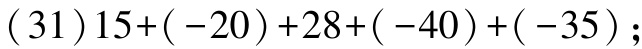
\((31)15+(-20)+28+(-40)+(-35)\);